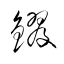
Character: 鏐